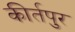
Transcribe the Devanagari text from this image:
कीर्तपुर